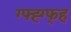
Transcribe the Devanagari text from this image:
ग्फ्ह्ग्फ्ह